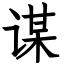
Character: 谋